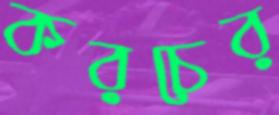
করচের